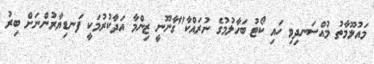
މައުލޫމާތު މުއްސަނދިވި ހައި ކޯޓު ބަހާލުމުގެ ނުރައްކާ"ގާނޫނީ ޒިންމާ އަދާކުރުމަކީ ފަނޑިޔާރުންނަށް ބިރު